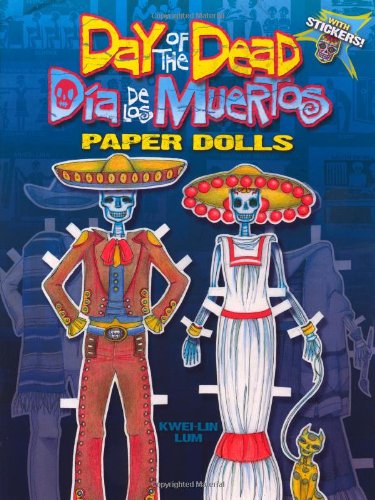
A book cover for Day of the Dead/Dia de los Muertos Paper Dolls (Dover Paper Dolls); Kwei-Lin Lum; Children's Books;